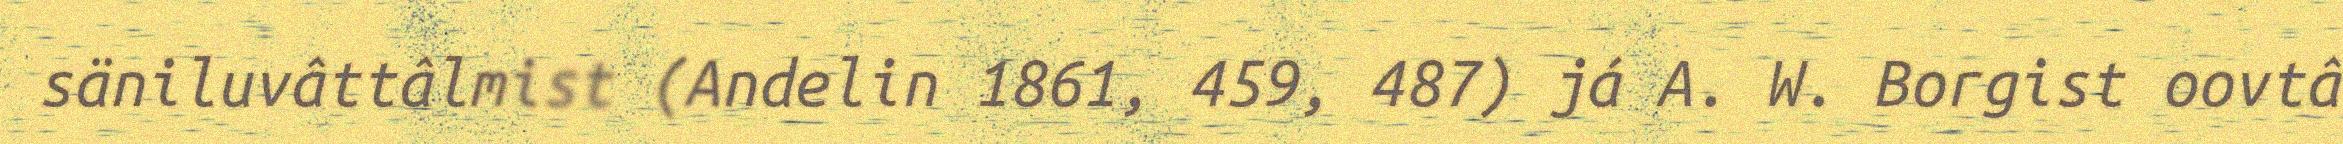
säniluvâttâlmist (Andelin 1861, 459, 487) já A. W. Borgist oovtâ